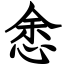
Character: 悆